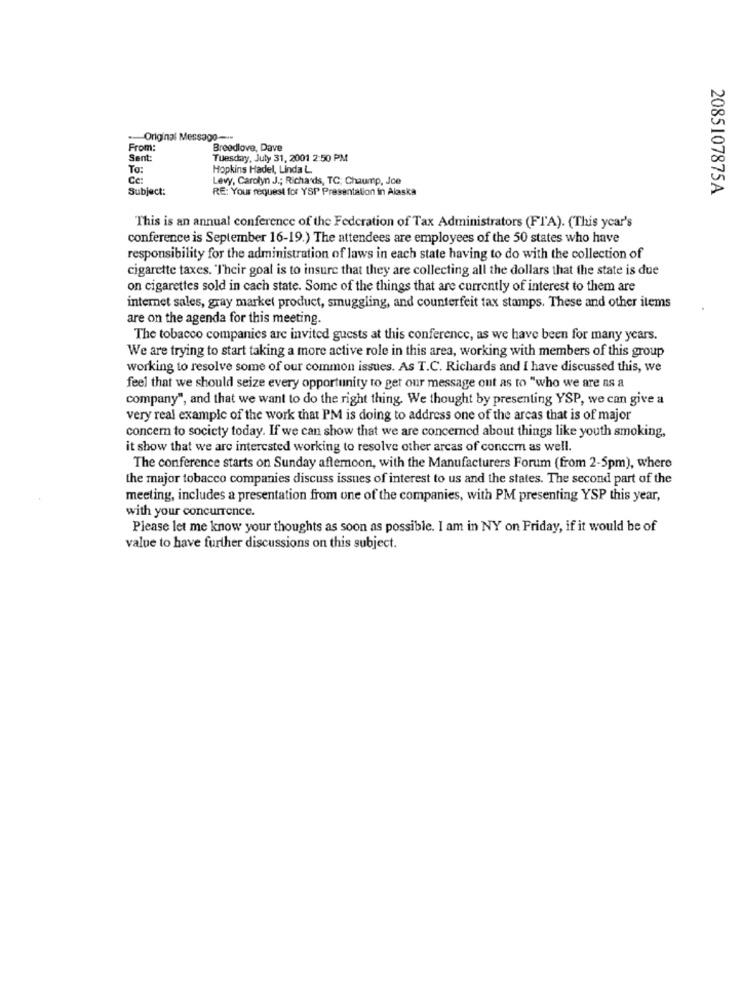
-Original Message --
From:
Breedlove, Dave
Sent
Tuesday, July 31, 2001 2:50 PM
To:
Hopkins Hadel, Linda L.
Ce:
Levy, Carolyn J .; Richards, TC; Chaump, Joe
Subject:
RE: Your request for YSP Presentation in Alaska
2085107875A
This is an annual conference of the Federation of Tax Administrators (FIA). (This year's
conference is September 16-19.) The attendees are employees of the 50 states who have
responsibility for the administration of laws in each state having to do with the collection of
cigarette taxes. "Their goal is to insure that they are collecting all the dollars that the state is due
on cigarettes sold in cach state. Some of the things that are currently of interest to them are
internet sales, gray market product, smuggling, and counterfeit tax stamps. These and other items
are on the agenda for this meeting.
The tobacco companies are invited guests at this conference, as we have been for many years.
We are trying to start taking a more active role in this area, working with members of this group
working to resolve some of our common issues. As T.C. Richards and I have discussed this, we
feel that we should seize every opportunity to get our message out as to "who we are as a
company", and that we want to do the right thing. We thought by presenting YSP, we can give a
very real example of the work that PM is doing to address one of the areas that is of major
concern to society today. If we can show that we are concerned about things like youth smoking,
it show that we are interested working to resolve other arcas of concem as well.
The conference starts on Sunday afternoon, with the Manufacturers Forum (from 2-5pm), where
the major tobacco companies discuss issues of interest to us and the states. The second part of the
meeting, includes a presentation from one of the companies, with PM presenting YSP this year,
with your concurrence.
Please let me know your thoughts as soon as possible. I am in NY on Friday, if it would be of
value to have further discussions on this subject.